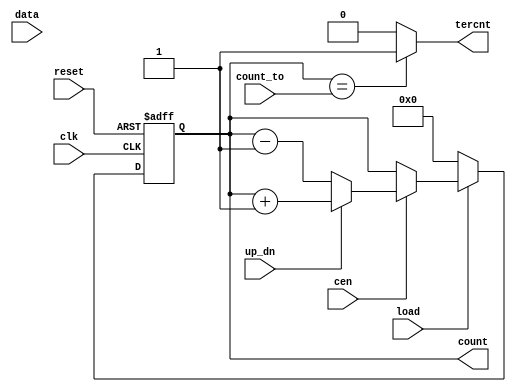
//---------------------------------------------------------------------------------------
// Universitatea Transilvania din Brasov
// Proiect     : Limbaje de descriere hardware
// Autor       : <El-Naser Majed>
// Data        : <11.4.2021>
//---------------------------------------------------------------------------------------
// Descriere   : <Up/Down Binary Counter with Dynamic count-to Flag>
//---------------------------------------------------------------------------------------
module DW03_bictr_dcnto #(parameter WIDTH = 8)
(
          
		   input [WIDTH-1 : 0] data,
           input [WIDTH-1 : 0] count_to, 
           input up_dn,  
           input load,  
           input cen, 
           input clk,  
           input reset, 
           output reg [WIDTH-1 : 0] count, 
           output tercnt  		   
);  

 


     always @(posedge(clk) or negedge(reset)) begin
        if(~reset) 
        count <=  1'b0;
		else if(~load) 
        count <=  4'b0000;
        else if (~cen)
        count <= count;
        else if (~up_dn)
		count <= count-1;
		else count <= count+1;
     end  
	  assign tercnt=(count == count_to)?  1'b1:
										  1'b0;

	 
endmodule